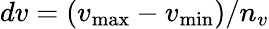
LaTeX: dv=(v_{\operatorname*{max}}-v_{\operatorname*{min}})/n_{v}